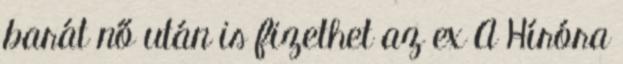
barát nő után is fizethet az ex A Híróra